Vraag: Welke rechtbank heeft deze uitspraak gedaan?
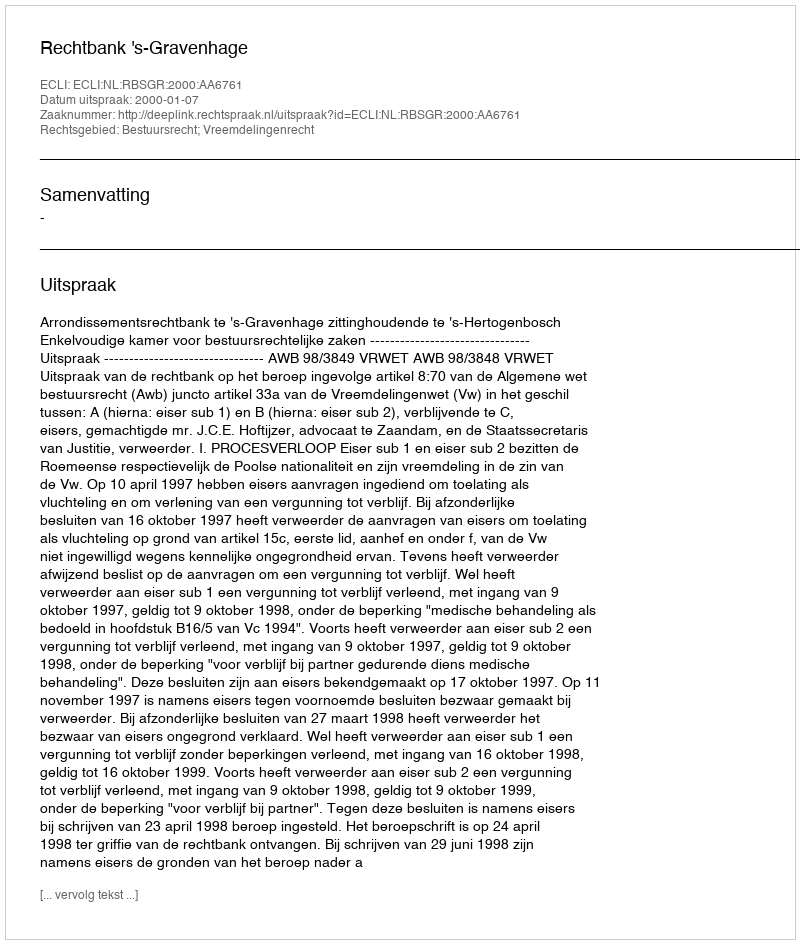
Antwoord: Rechtbank 's-Gravenhage